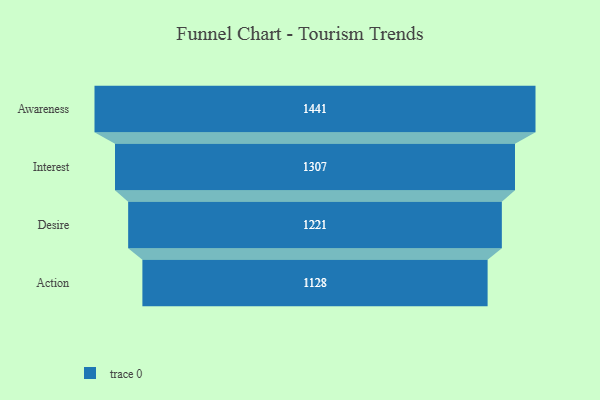
{"axis": {"x": "Stage", "y": "Value"}, "legend": [""], "data": [{"x": "Awareness", "y": 1441.0, "type": ""}, {"x": "Interest", "y": 1307.0, "type": ""}, {"x": "Desire", "y": 1221.0, "type": ""}, {"x": "Action", "y": 1128.0, "type": ""}]}